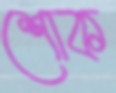
শোক